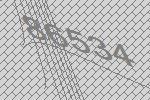
86534